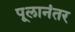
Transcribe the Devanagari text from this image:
पूलानंतर